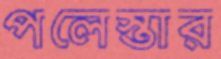
পলেস্তার